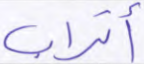
أتراب